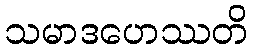
သမာဒဟေဿတိ